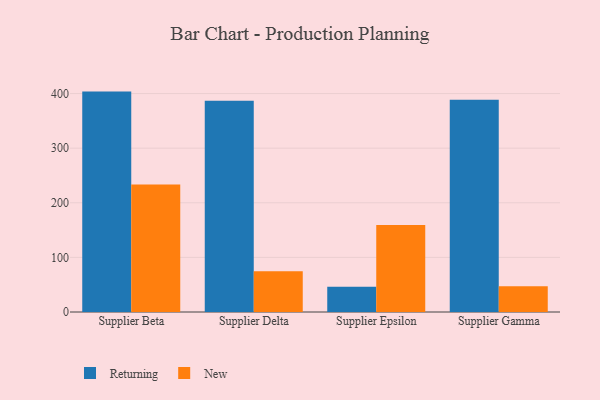
{"axis": {"x": "Supplier", "y": "Temperature (°C)"}, "legend": ["New", "Returning"], "data": [{"x": "Supplier Beta", "y": 403.6, "type": "Returning"}, {"x": "Supplier Beta", "y": 233.5, "type": "New"}, {"x": "Supplier Delta", "y": 386.7, "type": "Returning"}, {"x": "Supplier Delta", "y": 74.8, "type": "New"}, {"x": "Supplier Epsilon", "y": 46.2, "type": "Returning"}, {"x": "Supplier Epsilon", "y": 159.3, "type": "New"}, {"x": "Supplier Gamma", "y": 388.8, "type": "Returning"}, {"x": "Supplier Gamma", "y": 47.0, "type": "New"}]}